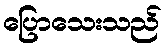
ပြောသေးသည်